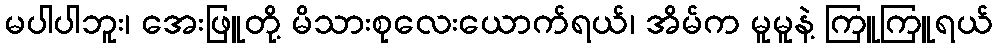
မပါပါဘူး၊ အေးဖြူတို့ မိသားစုလေးယောက်ရယ်၊ အိမ်က မူမူနဲ့ ကြူကြူရယ်